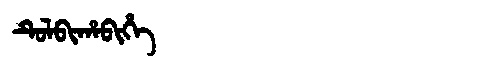
Manchu: ᡨᡠᠯᠪᡳᡥᠠᠪᡳᡥᡝ
Romanization: TULBIHABIHE